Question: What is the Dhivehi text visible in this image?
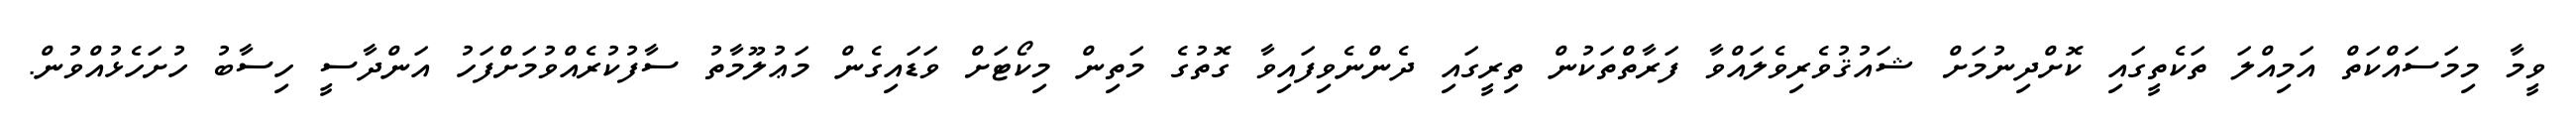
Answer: ވީމާ މިމަސައްކަތް އަމިއްލަ ތަކެތީގައި ކޮށްދިނުމަށް ޝައުޤުވެރިވެލައްވާ ފަރާތްތަކުން ތިރީގައި ދެންނެވިފައިވާ ގޮތުގެ މަތިން މިކޯޓަށް ވަޑައިގެން މަޢުލޫމާތު ސާފުކުރެއްވުމަށްފަހު އަންދާސީ ހިސާބު ހުށަހެޅުއްވުން.